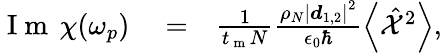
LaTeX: \begin{array}{rlr}{\mathrm{~I~m~}\, \chi(\omega_{p})}&{{}=}&{\frac{1}{t_{\mathrm{~m~}}N}\frac{\rho_{N}\left|\boldsymbol d_{1,2}\right|^{2}}{\epsilon_{0}\hbar}\left<\hat{\mathcal X}^{2}\right>,}\end{array}